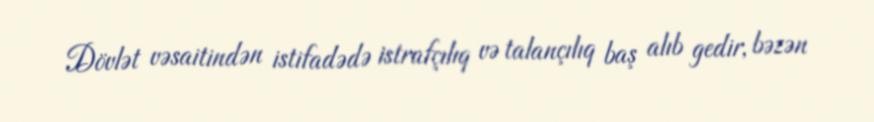
Dövlət vəsaitindən istifadədə istrafçılıq və talançılıq baş alıb gedir, bəzən